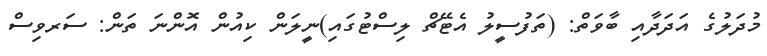
މުދަލުގެ އަދަދާއި ބާވަތް: (ތަފުސީލު އެޓޭޗް ލިސްޓުގައި)ނީލަން ކިއުން އޮންނަ ތަން: ސަރވިސް